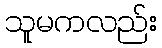
သူမကလည်း